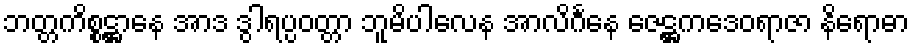
ဘတ္တကိစ္စဋ္ဌာနေ အာဒ ဒွါရပ္ပဝတ္တာ ဘူမိပါလေန အာလိင်္ဂနေ ဇေဋ္ဌကဒေဝရာဇာ နိရောဓာ